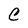
Character: C